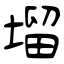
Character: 塯